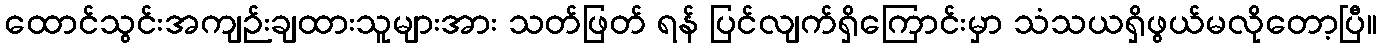
ထောင်သွင်းအကျဉ်းချထားသူများအား သတ်ဖြတ် ရန် ပြင်လျက်ရှိကြောင်းမှာ သံသယရှိဖွယ်မလိုတော့ပြီ။